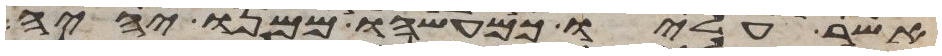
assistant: אשר עליו כמעשהו ממנו יהיה